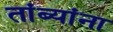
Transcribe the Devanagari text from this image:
तांब्यांना